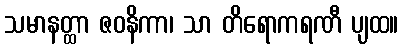
သမာနတ္ထာ ဇဝနိကာ၊ သာ တိရောကရဏီ ပျထ။